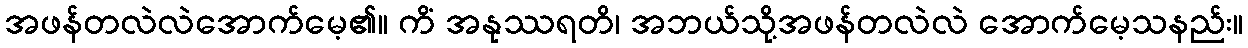
အဖန်တလဲလဲအောက်မေ့၏။ ကိံ အနုဿရတိ၊ အဘယ်သို့အဖန်တလဲလဲ အောက်မေ့သနည်း။